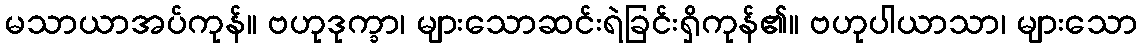
မသာယာအပ်ကုန်။ ဗဟုဒုက္ခာ၊ များသောဆင်းရဲခြင်းရှိကုန်၏။ ဗဟုပါယာသာ၊ များသော